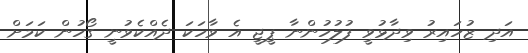
އަދި ޒުހައިރު ވިދާޅުވީ ފުލުހުންނާ ޕީޖީ އެ ވާހަކަ ދެއްކެވުނީ ގޯހުން ކަމަށް